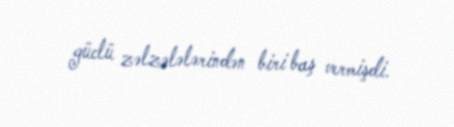
güclü zəlzələlərindən biri baş vermişdi.